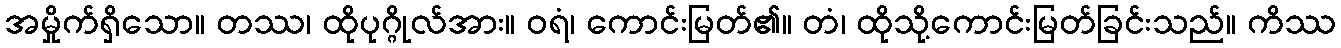
အမှိုက်ရှိသော။ တဿ၊ ထိုပုဂ္ဂိုလ်အား။ ဝရံ၊ ကောင်းမြတ်၏။ တံ၊ ထိုသို့ကောင်းမြတ်ခြင်းသည်။ ကိဿ